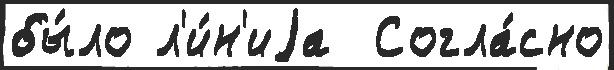
бы́ло л'и́н'иjа  Согла́сно